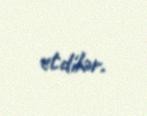
etdilər.